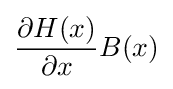
{\frac {\partial H(x)}{\partial x}}B(x)